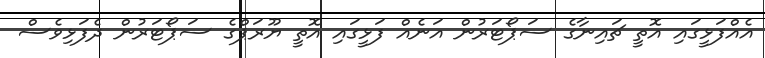
އެއްފަޅީގައި އޮތީ ޗައިނާގެ ސަޕޯޓަރުން އަނެއް ފަޅީގައި އޮތީ ޔޫރަޕްގެ ސަޕޯޓަރުން ދެފަޅިވެސް